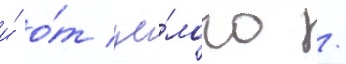
и́ о́т це́лого /